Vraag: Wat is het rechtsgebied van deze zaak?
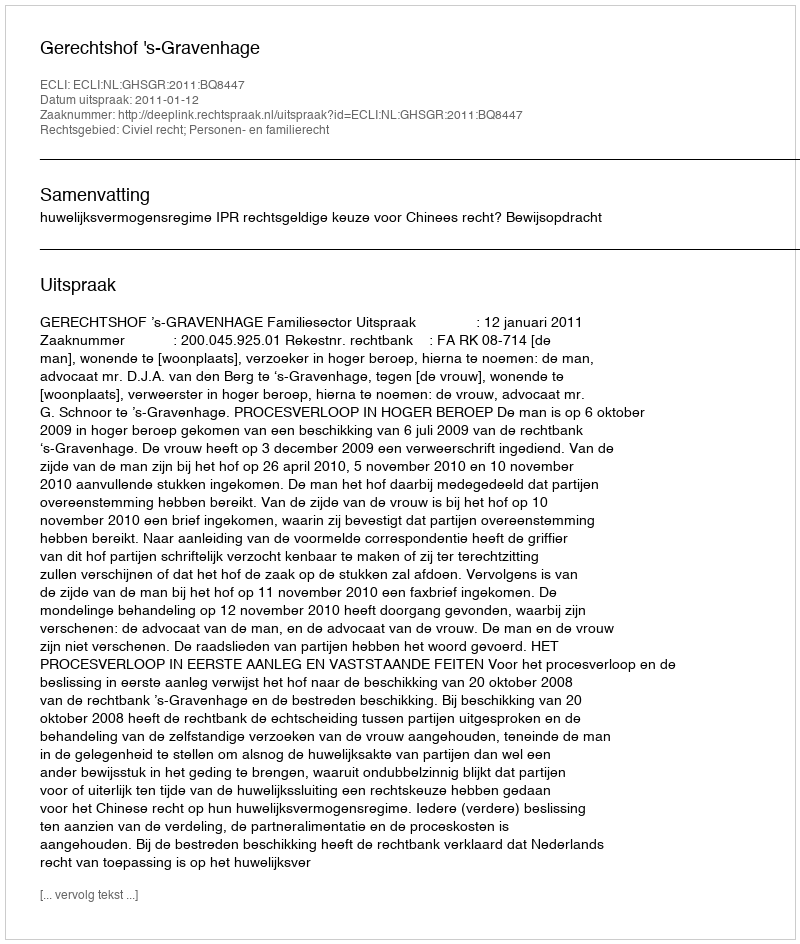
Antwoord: Civiel recht; Personen- en familierecht